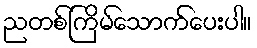
ညတစ်ကြိမ်သောက်ပေးပါ။